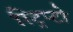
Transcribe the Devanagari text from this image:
स्ट्रिप्टो